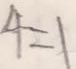
4 = 1